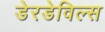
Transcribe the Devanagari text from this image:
डेरडेविल्स